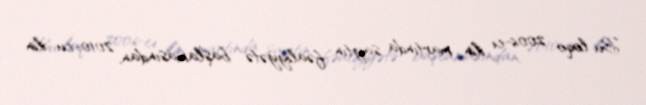
Bu loqo 2006-cı ilin martında saytın fəaliyyətə başlamasından, 2010-cu ilin